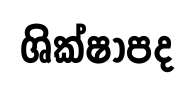
ශික්ෂාපද